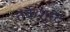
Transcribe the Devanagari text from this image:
तर्कशुध्द